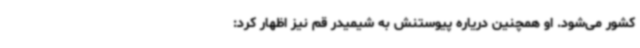
کشور می‌شود. او همچنین دریاره پیوستنش به شیمیدر قم نیز اظهار کرد: